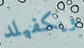
ويكفيلد